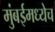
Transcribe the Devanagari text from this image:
मुंबईमध्येच